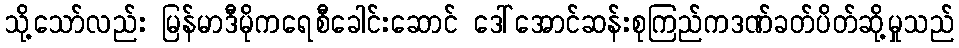
သို့သော်လည်း မြန်မာဒီမိုကရေစီခေါင်းဆောင် ဒေါ်အောင်ဆန်းစုကြည်ကဒဏ်ခတ်ပိတ်ဆို့မှုသည်